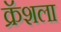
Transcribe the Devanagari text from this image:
क्रॅशला